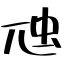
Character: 虺